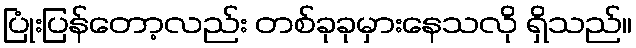
ပြုံးပြန်တော့လည်း တစ်ခုခုမှားနေသလို ရှိသည်။